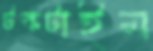
টকটাইম